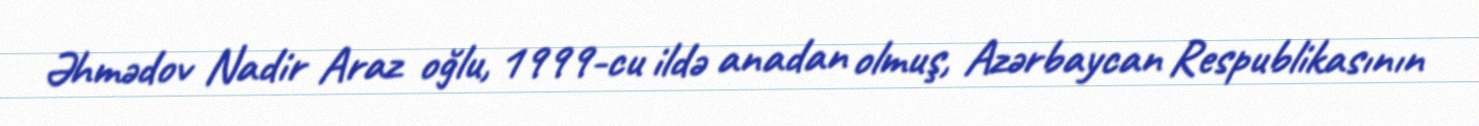
Əhmədov Nadir Araz oğlu, 1999-cu ildə anadan olmuş, Azərbaycan Respublikasının